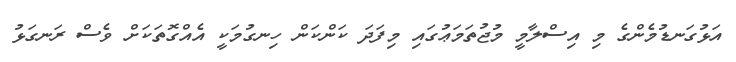
އަޅުގަނޑުމެންގެ މި އިސްލާމީ މުޖުތަމަޢުގައި މިފަދަ ކަންކަން ހިނގުމަކީ އެއްގޮތަކަށް ވެސް ރަނގަޅު